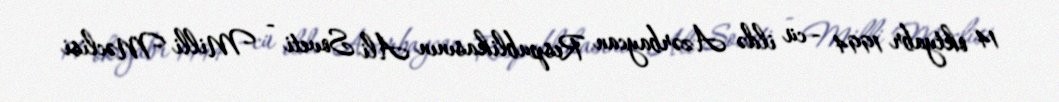
14 oktyabr 1994 - cü ildə Azərbaycan Respublikasının Ali Soveti - Milli Məclisi